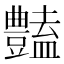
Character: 𧰟